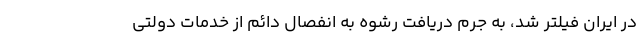
در ایران فیلتر شد، به جرم دریافت رشوه به انفصال دائم از خدمات دولتی